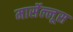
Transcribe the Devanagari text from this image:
मार्सेल्लूस